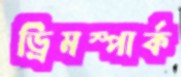
ড্রিমস্পার্ক